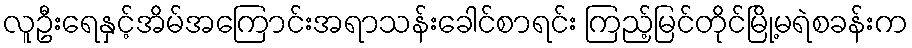
လူဦးရေနှင့်အိမ်အကြောင်းအရာသန်းခေါင်စာရင်း ကြည့်မြင်တိုင်မြို့မရဲစခန်းက